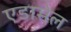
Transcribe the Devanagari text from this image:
एडामेल